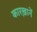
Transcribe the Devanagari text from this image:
कारख़ानें